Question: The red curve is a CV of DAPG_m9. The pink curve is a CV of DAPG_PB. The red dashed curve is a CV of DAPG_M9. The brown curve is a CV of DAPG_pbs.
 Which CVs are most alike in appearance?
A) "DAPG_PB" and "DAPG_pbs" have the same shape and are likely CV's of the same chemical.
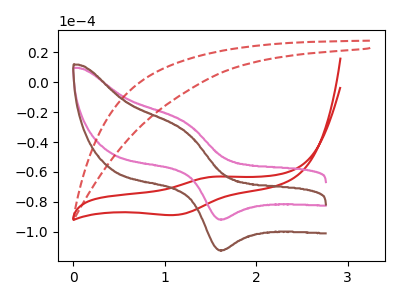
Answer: <think>The red curve "DAPG_m9" has an anodic peak at (1.55V, -63.15uA) and a cathodic peak at (1.10V, -88.80uA). The pink curve "DAPG_PB" has an anodic peak at (1.25V, -27.10uA) and a cathodic peak at (1.60V, -91.75uA). The red dashed curve "DAPG_M9" has no peaks. The brown curve "DAPG_pbs" has an anodic peak at (1.25V, -33.20uA) and a cathodic peak at (1.60V, -112.35uA).
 "DAPG_m9" and "DAPG_PB" have at least one peak that do not match. "DAPG_m9" and "DAPG_M9" have a different number of peaks. "DAPG_m9" and "DAPG_pbs" have at least one peak that do not match. "DAPG_PB" and "DAPG_M9" have a different number of peaks. All the peaks in "DAPG_PB" have a peak in "DAPG_pbs" at the same potential. "DAPG_M9" and "DAPG_pbs" have a different number of peaks.</think>
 <answer>A) "DAPG_PB" and "DAPG_pbs" have the same shape and are likely CV's of the same chemical.</answer>
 <eval>A</eval>